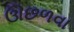
ઊછળવા